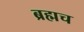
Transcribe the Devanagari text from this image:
ब्रह्मच